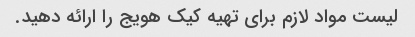
لیست مواد لازم برای تهیه کیک هویج را ارائه دهید.